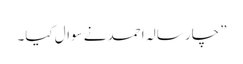
” چار سالہ احمد نے سوال کیا۔